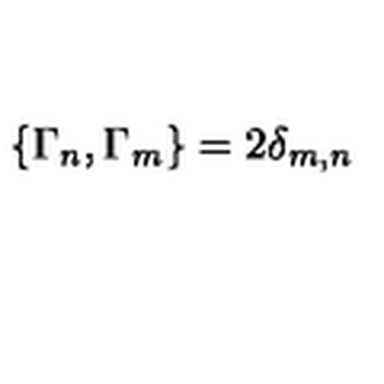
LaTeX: \{ \Gamma _ { n } , \Gamma _ { m } \} = 2 \delta _ { m , n }